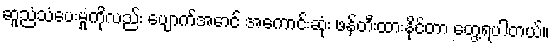
ဆူညံသံပေးမှုကိုလည်း ပျောက်အောင် အကောင်းဆုံး ဖန်တီးထားနိုင်တာ တွေ့ရပါတယ်။